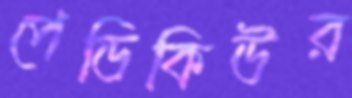
পেডিকিউর